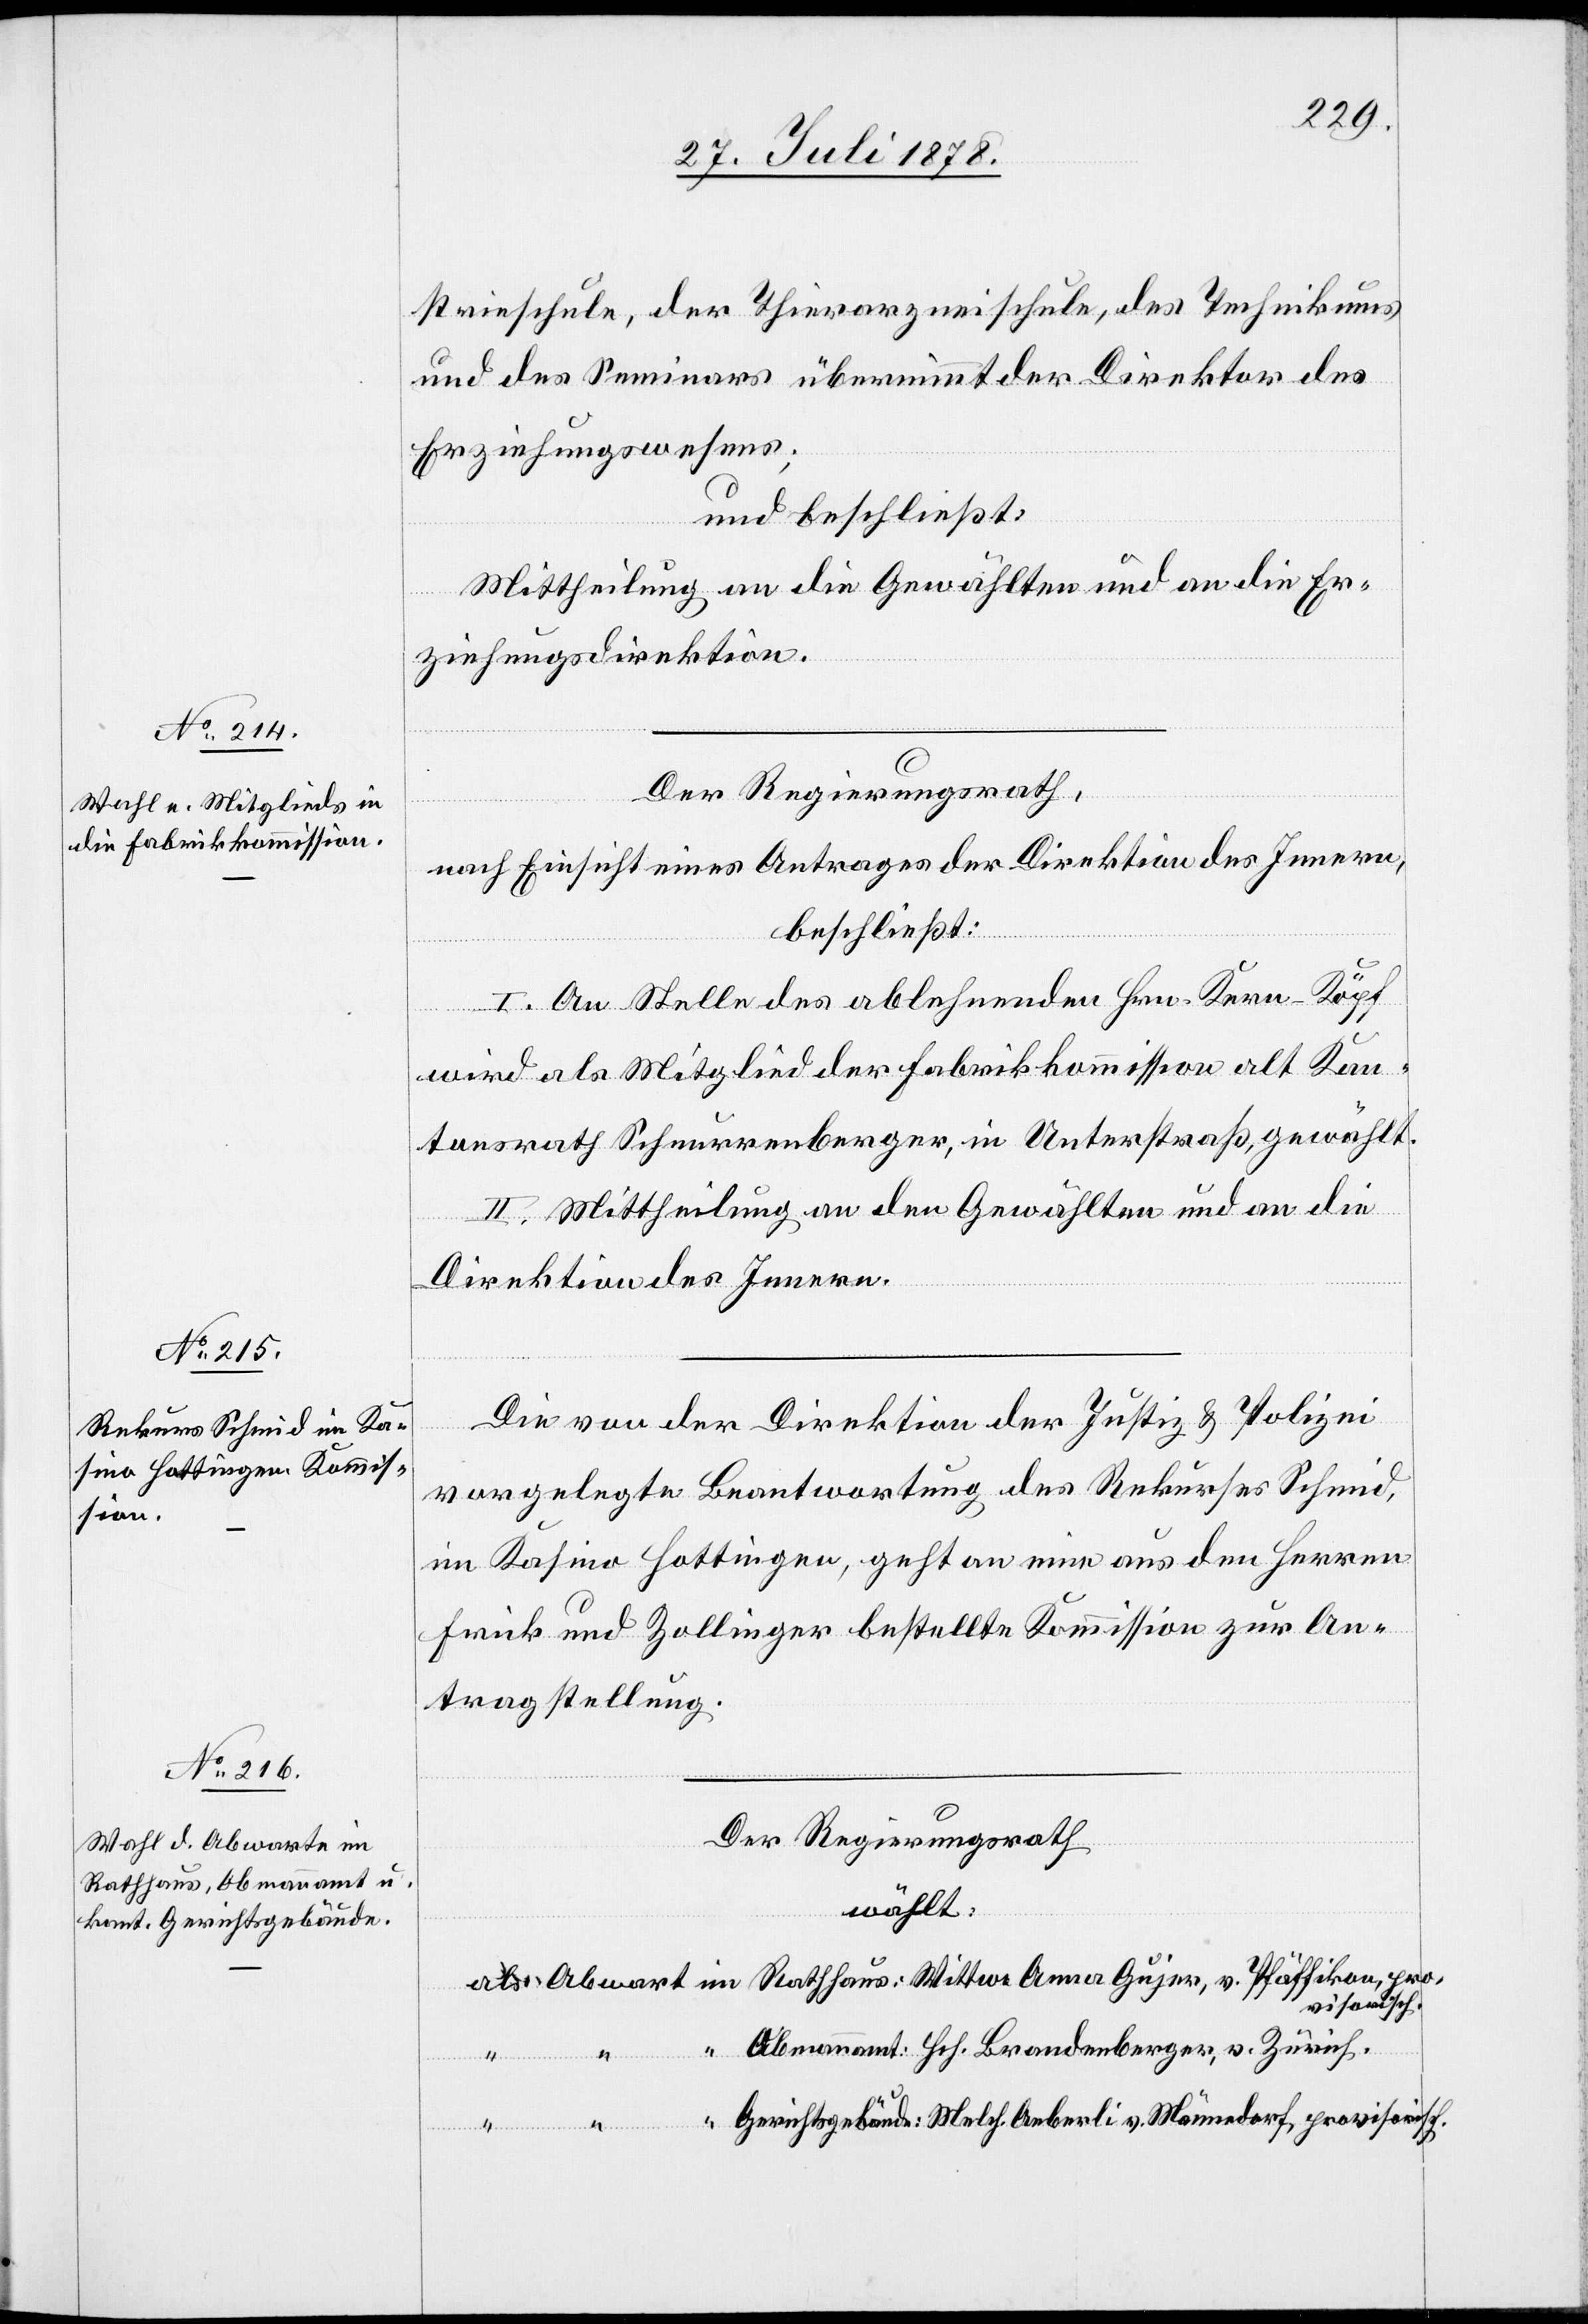
strieschule, der Thierarzneischule, des Technikums
und des Seminars übernimmt der Direktor des
Erziehungswesens;
und beschließt:
Mittheilung an die Gewählten und an die Er¬
ziehungsdirektion.
Der Regierungsrath,
nach Einsicht eines Antrages der Direktion des Innern,
beschließt:
I. An Stelle des ablehnenden Hrn. Kern-Köpf
wird als Mitglied der Fabrikkommission alt Kan¬
tonsrath Schnurrenberger, in Unterstraß, gewählt.
II. Mittheilung an den Gewählten und an die
Direktion des Innern.
Die von der Direktion der Justiz & Polizei
vorgelegte Beantwortung des Rekurses Schmid,
im Kasino Hottingen, geht an eine aus den Herren
Frick und Zollinger bestellte Kommission zur An¬
tragstellung.
Der Regierungsrath
wählt:
als Abwart im Rathhaus: Wittwe Anna Gujer, v. Pfäffikon, pro¬
visorisch.
“
Obmannamt: Hch. Brandenberger, v. Zürich.
“ Gerichtsgebäude: Melch. Aeberli v. Männedorf, provisorisch.